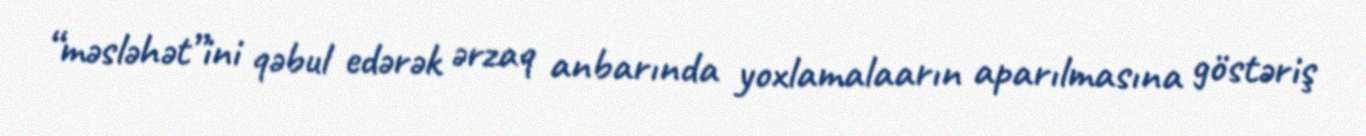
“məsləhət”ini qəbul edərək ərzaq anbarında yoxlamalaarın aparılmasına göstəriş